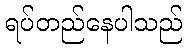
ရပ်တည်နေပါသည်